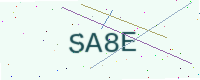
Text: SA8E